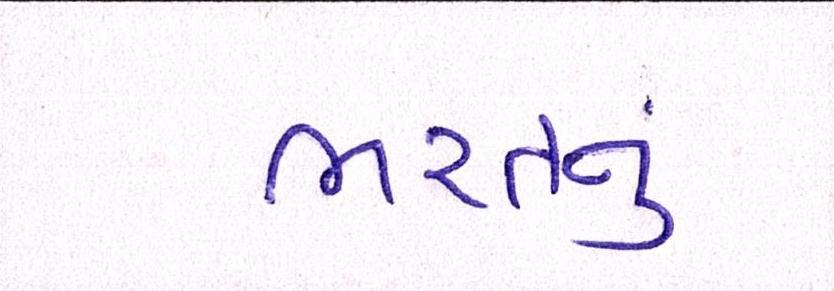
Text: ભરતનું